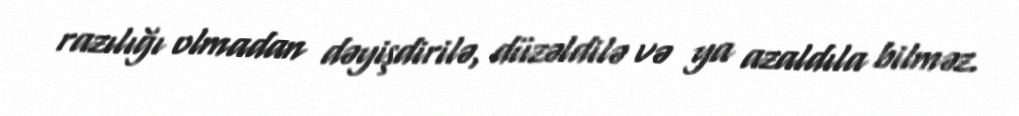
razılığı olmadan dəyişdirilə, düzəldilə və ya azaldıla bilməz.